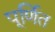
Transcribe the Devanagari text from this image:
पूर्णित